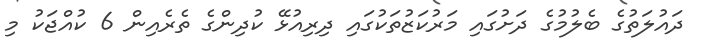
ދައުލަތުގެ ބެލުމުގެ ދަށުގައި މަރުކަޒުތަކުގައި ދިރިއުޅޭ ކުދިންގެ ތެރެއިން 6 ކުއްޖަކު މި